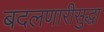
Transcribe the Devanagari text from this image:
बदलणारीसुद्धा